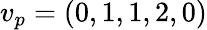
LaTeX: v_{p}=(0,1,1,2,0)